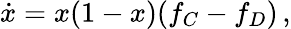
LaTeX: \begin{array}{r}{\dot{x}=x(1-x)(f_{C}-f_{D})\, ,}\end{array}